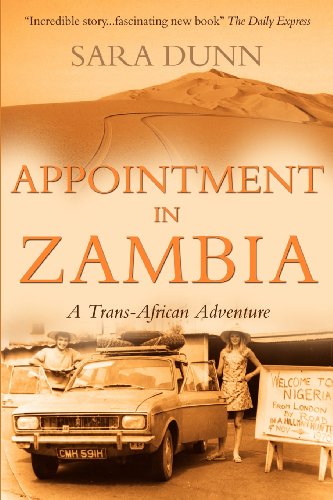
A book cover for Appointment in Zambia: A Trans-African Adventure; Sara Dunn; Travel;